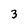
Character: 3